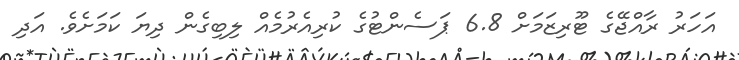
އަހަރު ރާއްޖޭގެ ޓޫރިޒަމަށް 6.8 ޕަސެންޓުގެ ކުރިއެރުމެއް ލިބިގެން ދިޔަ ކަމަށެވެ. އަދި